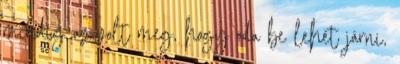
mindig az volt meg, hogy oda be lehet járni,